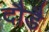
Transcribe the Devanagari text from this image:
दौडै